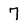
Character: 7